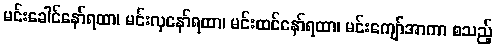
မင်းခေါင်နော်ရထာ၊ မင်းလှနော်ရထာ၊ မင်းထင်နော်ရထာ၊ မင်းကျော်အာကာ စသည့်